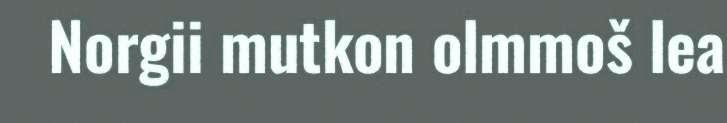
Norgii mutkon olmmoš lea